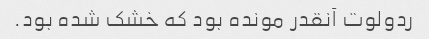
ردولوت آنقدر مونده بود که خشک شده بود.